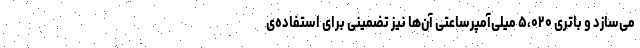
می‌سازد و باتری ۵،۰۲۰ میلی‌آمپرساعتی آن‌ها نیز تضمینی برای استفاده‌ی